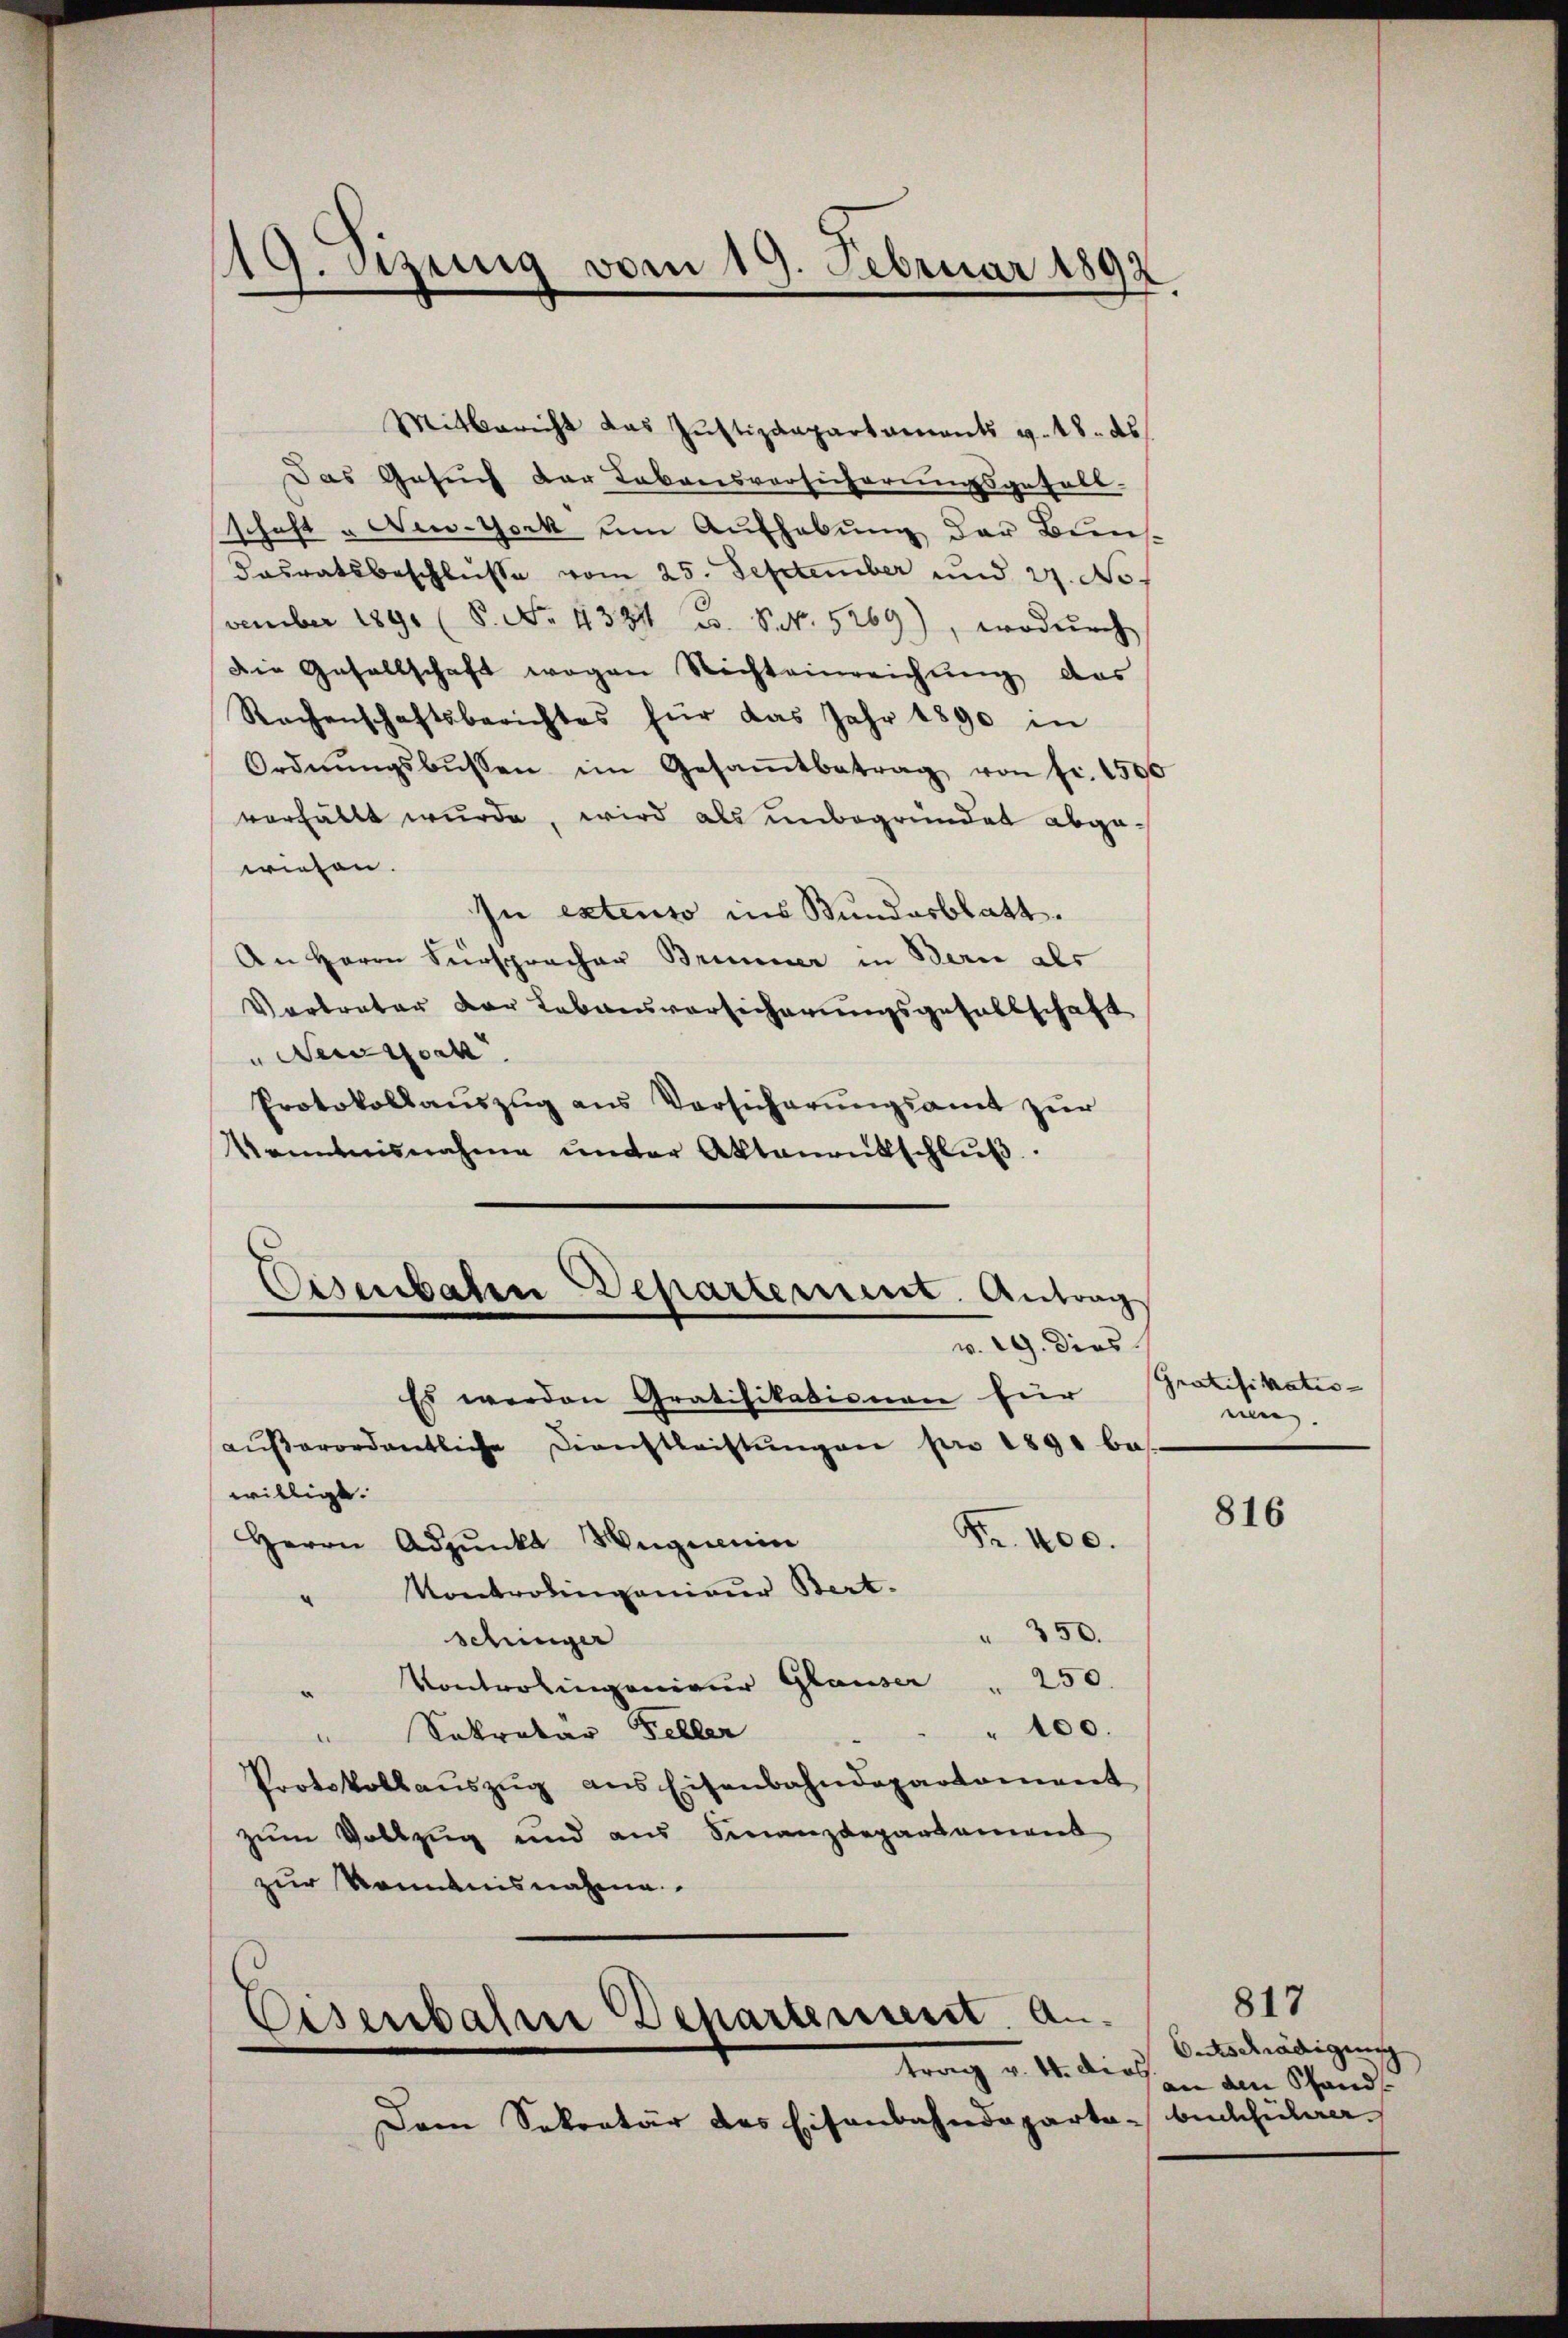
19. Jung vom 19. Februar 1892
.

Mitbericht das Justizdepartaments v. 18. ds
Das Gesuch der Lebensversicherungsgefall.
schaft u New-York um Aŭfhabŭng der Biens-
Casratsbeschlusse vom 25. September und 27. No
vember 1890 (8. No. 4331 u. S. 5269), wodŭrch
Die Gesellschaft wegen Richteinreichŭng das
Rechenschaftsberichtes für das Jahr 1890 in
Ordnŭngsbussen im Gesamtbetrag von fr. 1500
verfällt wurde, wird als unbegründet abgewiesen.
In extenso ins Bundesblatt.
An Herrn Fürspracher Brunner in Bern als
Vertreter der Lebensversicherungsgesellschaft
Bertoch
Protokollauszug aus Versicherŭngsamt zur
Kenntnisnahme under Aktanentschluß
Osenbaten Departement. Antrag
.
v. 19. dies
Es werden Gratifikationen für
aŭβerordentliche Dienstleistŭngen pro 1890 bes
willigt.
Fr. 400.
Herrn Adpŭnkt Hüguenin
Kontrolingenieur Bert.
 350.
schinger
Kontrolingenieur Glauser 250.
" 100.
Sokratar Feller
Portskollauszug aus Eisenbahndepartament
zum Vollzug und aus Finanzdepartament
zur Kenntnisnahme

Eisenbahrer Departement. a.

Dem Sekretär des Eisenbahndeparta-buchhülerar

Gratifikatio
n

816

O.Geschädigung
trag v. 4. diesen den Pfand-

817